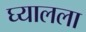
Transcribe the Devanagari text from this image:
घ्यालला